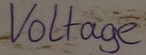
Text: Voltage